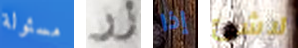
مسئولة زر إذا لاشئ